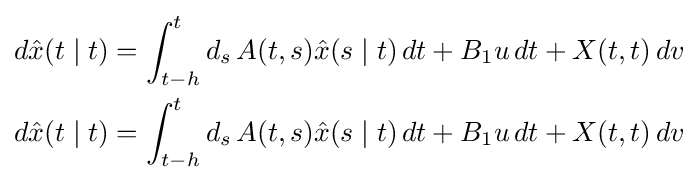
{\begin{aligned}d{\hat {x}}(t\mid t)&=\int _{t-h}^{t}d_{s}\,A(t,s){\hat {x}}(s\mid t)\,dt+B_{1}u\,dt+X(t,t)\,dv\\d{\hat {x}}(t\mid t)&=\int _{t-h}^{t}d_{s}\,A(t,s){\hat {x}}(s\mid t)\,dt+B_{1}u\,dt+X(t,t)\,dv\end{aligned}}